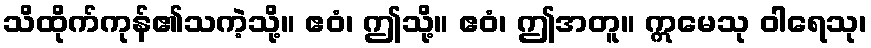
သိထိုက်ကုန်၏သကဲ့သို့။ ဧဝံ၊ ဤသို့။ ဧဝံ၊ ဤအတူ။ ဣမေသု ဝါရေသု၊